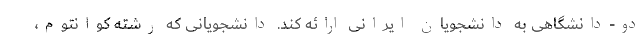
دو-دانشگاهی به دانشجویان ایرانی ارائه کند. دانشجویانی که رشته کوانتوم،